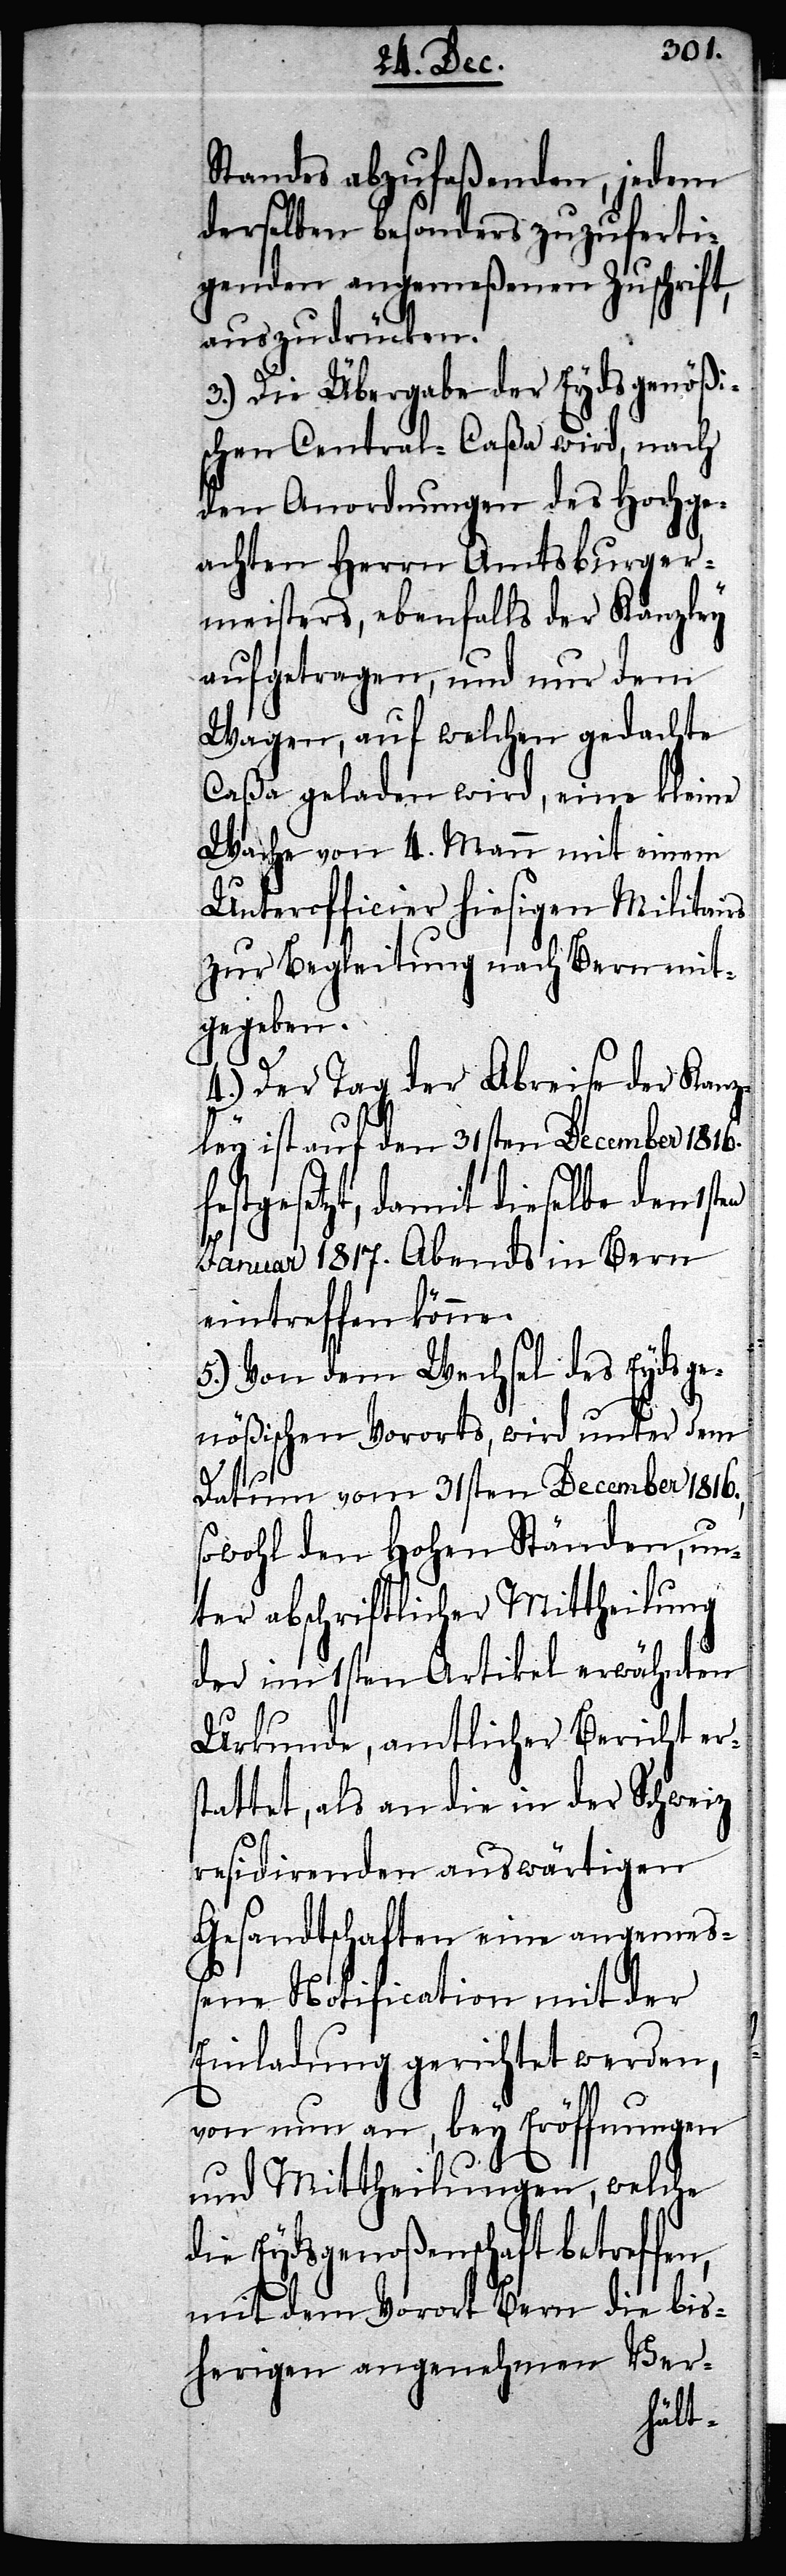
Standes abzufaßenden, jedem
derselben besonders zuzuferti¬
genden angemeßenen Zuschrift,
auszudrücken.
3.) Die Übergabe der Eydsgenößi¬
schen Central-Caßa wird, nach
den Anordnungen des Hochge¬
achten Herrn Amtsburger¬
meisters, ebenfalls der Kanzley
aufgetragen, und nur dem
Wagen, auf welchen gedachte
Caßa geladen wird, eine kleine
Wache von 4. Mann mit einem
Unterofficier hiesigen Militairs
zur Begleitung nach Bern mit¬
gegeben.
4.) Der Tag der Abreise der Kanz¬
ley ist auf den 31sten December 1816.
festgesetzt, damit dieselbe den
Januar 1817. Abends in Bern
eintreffen könne.
5.) Von dem Wechsel des Eydsge¬
nößischen Vororts, wird unter dem
Datum vom 31sten December 1816.,
sowohl den Hohen Ständen, un¬
ter abschriftlicher Mittheilung
der im 1sten Artikel erwähnten
Urkunde, amtlicher Bericht ers¬
tattet, als an die in der Schweiz
residirenden auswärtigen
Gesandtschaften eine angemeß¬
ene Notification mit der
Einladung gerichtet werden,
von nun an, bey Eröffnungen
und Mittheilungen, welche
die Eydsgenoßenschaft betreffen,
mit dem Vorort Bern die bis¬
herigen angenehmen Ver-